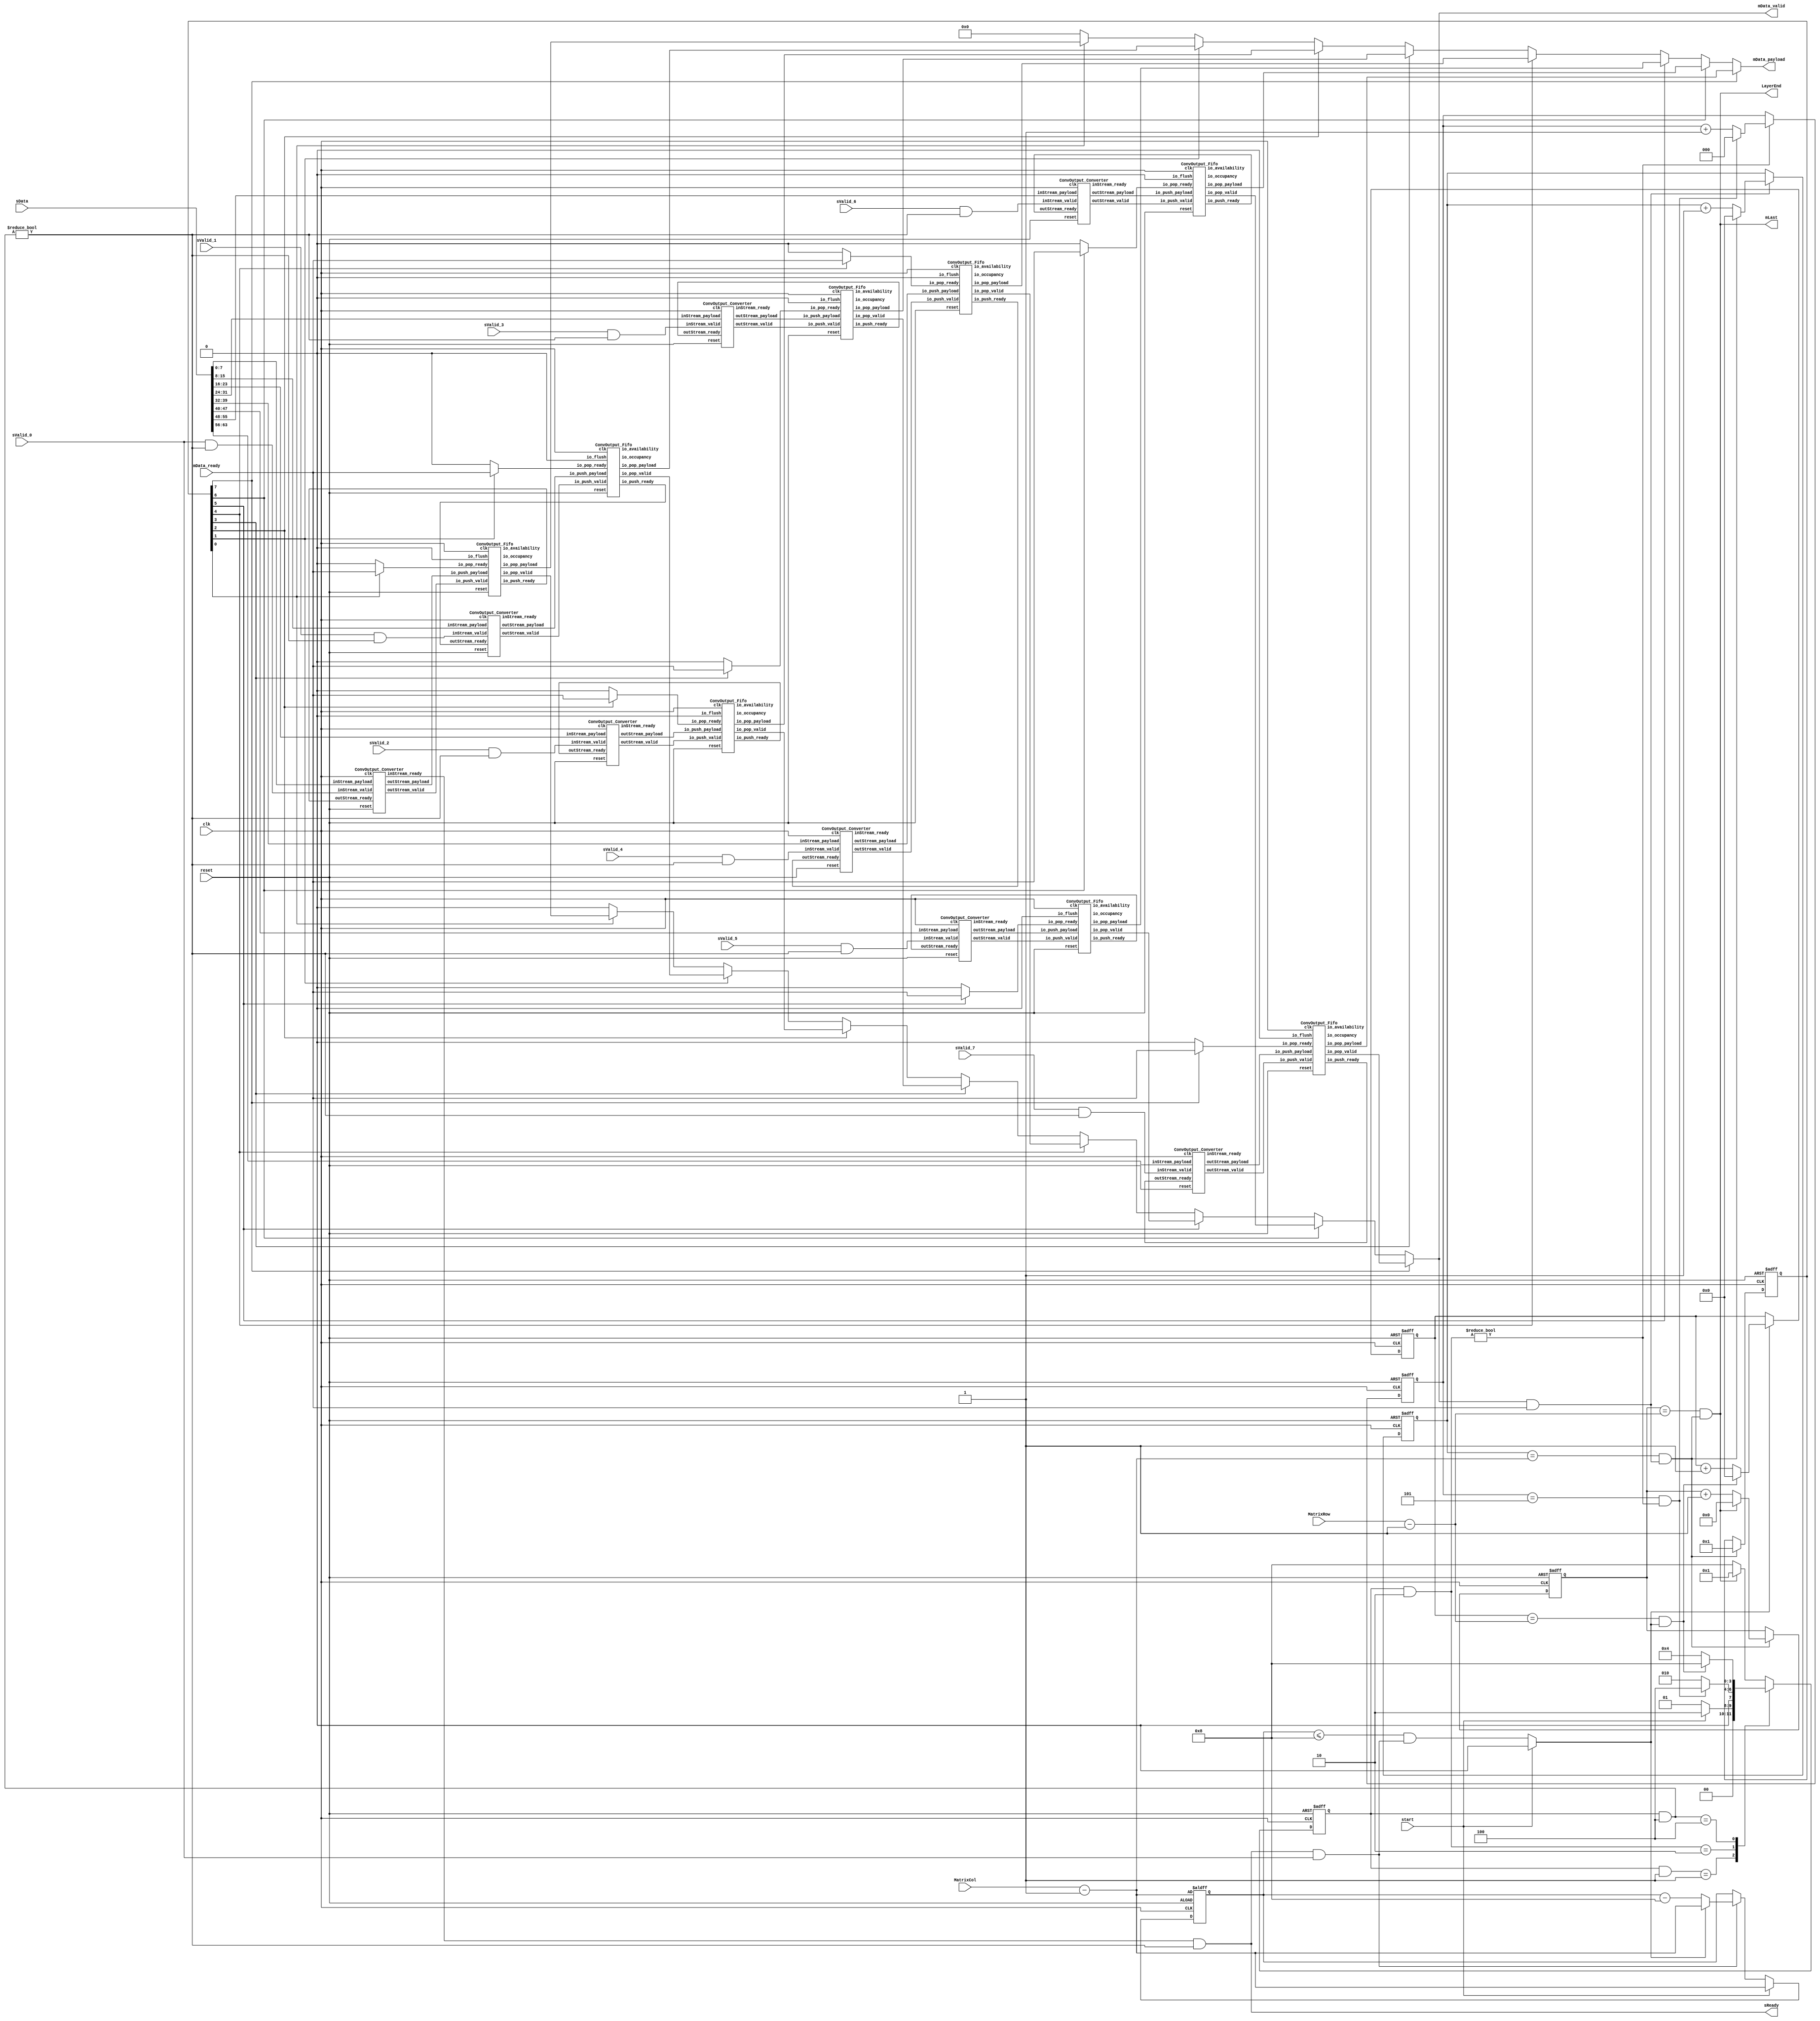
// Generator : SpinalHDL v1.8.1    git head : 2a7592004363e5b40ec43e1f122ed8641cd8965b
// Component : ConvArrange
// Git hash  : e8dcfce705c1bcdf690ffb3d015a2fad665a0efe

`timescale 1ns/1ps

module ConvArrange (
  input      [63:0]   sData,
  output              sReady,
  input               sValid_0,
  input               sValid_1,
  input               sValid_2,
  input               sValid_3,
  input               sValid_4,
  input               sValid_5,
  input               sValid_6,
  input               sValid_7,
  input      [11:0]   MatrixCol,
  input      [31:0]   MatrixRow,
  output reg          mData_valid,
  input               mData_ready,
  output reg [63:0]   mData_payload,
  output              mLast,
  output              LayerEnd,
  input               start,
  input               clk,
  input               reset
);
  localparam CONVOUTPUT_ENUM_IDLE = 4'd1;
  localparam CONVOUTPUT_ENUM_INIT = 4'd2;
  localparam CONVOUTPUT_ENUM_DATA_ARRANGEMENT = 4'd4;
  localparam CONVOUTPUT_ENUM_WAIT_END = 4'd8;

  reg                 streamFifo_io_pop_ready;
  wire                axisDataConverter_inStream_valid;
  wire       [7:0]    axisDataConverter_inStream_payload;
  reg                 streamFifo_1_io_pop_ready;
  wire                axisDataConverter_1_inStream_valid;
  wire       [7:0]    axisDataConverter_1_inStream_payload;
  reg                 streamFifo_2_io_pop_ready;
  wire                axisDataConverter_2_inStream_valid;
  wire       [7:0]    axisDataConverter_2_inStream_payload;
  reg                 streamFifo_3_io_pop_ready;
  wire                axisDataConverter_3_inStream_valid;
  wire       [7:0]    axisDataConverter_3_inStream_payload;
  reg                 streamFifo_4_io_pop_ready;
  wire                axisDataConverter_4_inStream_valid;
  wire       [7:0]    axisDataConverter_4_inStream_payload;
  reg                 streamFifo_5_io_pop_ready;
  wire                axisDataConverter_5_inStream_valid;
  wire       [7:0]    axisDataConverter_5_inStream_payload;
  reg                 streamFifo_6_io_pop_ready;
  wire                axisDataConverter_6_inStream_valid;
  wire       [7:0]    axisDataConverter_6_inStream_payload;
  reg                 streamFifo_7_io_pop_ready;
  wire                axisDataConverter_7_inStream_valid;
  wire       [7:0]    axisDataConverter_7_inStream_payload;
  wire                streamFifo_io_push_ready;
  wire                streamFifo_io_pop_valid;
  wire       [63:0]   streamFifo_io_pop_payload;
  wire       [9:0]    streamFifo_io_occupancy;
  wire       [9:0]    streamFifo_io_availability;
  wire                axisDataConverter_inStream_ready;
  wire                axisDataConverter_outStream_valid;
  wire       [63:0]   axisDataConverter_outStream_payload;
  wire                streamFifo_1_io_push_ready;
  wire                streamFifo_1_io_pop_valid;
  wire       [63:0]   streamFifo_1_io_pop_payload;
  wire       [9:0]    streamFifo_1_io_occupancy;
  wire       [9:0]    streamFifo_1_io_availability;
  wire                axisDataConverter_1_inStream_ready;
  wire                axisDataConverter_1_outStream_valid;
  wire       [63:0]   axisDataConverter_1_outStream_payload;
  wire                streamFifo_2_io_push_ready;
  wire                streamFifo_2_io_pop_valid;
  wire       [63:0]   streamFifo_2_io_pop_payload;
  wire       [9:0]    streamFifo_2_io_occupancy;
  wire       [9:0]    streamFifo_2_io_availability;
  wire                axisDataConverter_2_inStream_ready;
  wire                axisDataConverter_2_outStream_valid;
  wire       [63:0]   axisDataConverter_2_outStream_payload;
  wire                streamFifo_3_io_push_ready;
  wire                streamFifo_3_io_pop_valid;
  wire       [63:0]   streamFifo_3_io_pop_payload;
  wire       [9:0]    streamFifo_3_io_occupancy;
  wire       [9:0]    streamFifo_3_io_availability;
  wire                axisDataConverter_3_inStream_ready;
  wire                axisDataConverter_3_outStream_valid;
  wire       [63:0]   axisDataConverter_3_outStream_payload;
  wire                streamFifo_4_io_push_ready;
  wire                streamFifo_4_io_pop_valid;
  wire       [63:0]   streamFifo_4_io_pop_payload;
  wire       [9:0]    streamFifo_4_io_occupancy;
  wire       [9:0]    streamFifo_4_io_availability;
  wire                axisDataConverter_4_inStream_ready;
  wire                axisDataConverter_4_outStream_valid;
  wire       [63:0]   axisDataConverter_4_outStream_payload;
  wire                streamFifo_5_io_push_ready;
  wire                streamFifo_5_io_pop_valid;
  wire       [63:0]   streamFifo_5_io_pop_payload;
  wire       [9:0]    streamFifo_5_io_occupancy;
  wire       [9:0]    streamFifo_5_io_availability;
  wire                axisDataConverter_5_inStream_ready;
  wire                axisDataConverter_5_outStream_valid;
  wire       [63:0]   axisDataConverter_5_outStream_payload;
  wire                streamFifo_6_io_push_ready;
  wire                streamFifo_6_io_pop_valid;
  wire       [63:0]   streamFifo_6_io_pop_payload;
  wire       [9:0]    streamFifo_6_io_occupancy;
  wire       [9:0]    streamFifo_6_io_availability;
  wire                axisDataConverter_6_inStream_ready;
  wire                axisDataConverter_6_outStream_valid;
  wire       [63:0]   axisDataConverter_6_outStream_payload;
  wire                streamFifo_7_io_push_ready;
  wire                streamFifo_7_io_pop_valid;
  wire       [63:0]   streamFifo_7_io_pop_payload;
  wire       [9:0]    streamFifo_7_io_occupancy;
  wire       [9:0]    streamFifo_7_io_availability;
  wire                axisDataConverter_7_inStream_ready;
  wire                axisDataConverter_7_outStream_valid;
  wire       [63:0]   axisDataConverter_7_outStream_payload;
  wire       [11:0]   _zz_In_Col_Cnt_valid;
  wire       [11:0]   _zz_In_Col_Cnt_count_2;
  wire       [31:0]   _zz_In_Row_Cnt_valid;
  wire       [31:0]   _zz_In_Row_Cnt_valid_1;
  wire       [11:0]   _zz_Out_Col_Cnt_valid;
  wire       [31:0]   _zz_Out_Row_Cnt_valid;
  wire       [31:0]   _zz_Out_Row_Cnt_valid_1;
  wire       [0:0]    _zz_when_ConvArrangeV2_l154;
  wire       [0:0]    _zz_when_ConvArrangeV2_l154_1;
  wire       [0:0]    _zz_when_ConvArrangeV2_l154_2;
  wire       [0:0]    _zz_when_ConvArrangeV2_l154_3;
  wire       [0:0]    _zz_when_ConvArrangeV2_l154_4;
  wire       [0:0]    _zz_when_ConvArrangeV2_l154_5;
  wire       [0:0]    _zz_when_ConvArrangeV2_l154_6;
  wire       [0:0]    _zz_when_ConvArrangeV2_l154_7;
  reg        [3:0]    Fsm_currentState;
  reg        [3:0]    Fsm_nextState;
  wire                Fsm_Inited;
  wire                Fsm_LayerEnd;
  wire                Fsm_Data_AllOut;
  wire                when_WaCounter_l39;
  reg        [2:0]    Init_Cnt_count;
  wire                Init_Cnt_valid;
  wire                when_WaCounter_l59;
  wire       [11:0]   _zz_In_Col_Cnt_count;
  wire       [3:0]    _zz_In_Col_Cnt_count_1;
  reg        [11:0]   In_Col_Cnt_count;
  reg                 In_Col_Cnt_valid;
  reg        [11:0]   In_Row_Cnt_count;
  wire                In_Row_Cnt_valid;
  wire                mData_fire;
  reg        [11:0]   Out_Col_Cnt_count;
  wire                Out_Col_Cnt_valid;
  reg        [15:0]   Out_Row_Cnt_count;
  wire                Out_Row_Cnt_valid;
  reg        [7:0]    OutSwitch;
  wire                when_ConvArrangeV2_l154;
  wire                when_ConvArrangeV2_l154_1;
  wire                when_ConvArrangeV2_l154_2;
  wire                when_ConvArrangeV2_l154_3;
  wire                when_ConvArrangeV2_l154_4;
  wire                when_ConvArrangeV2_l154_5;
  wire                when_ConvArrangeV2_l154_6;
  wire                when_ConvArrangeV2_l154_7;
  `ifndef SYNTHESIS
  reg [127:0] Fsm_currentState_string;
  reg [127:0] Fsm_nextState_string;
  `endif


  assign _zz_In_Col_Cnt_valid = {8'd0, _zz_In_Col_Cnt_count_1};
  assign _zz_In_Col_Cnt_count_2 = {8'd0, _zz_In_Col_Cnt_count_1};
  assign _zz_In_Row_Cnt_valid = {20'd0, In_Row_Cnt_count};
  assign _zz_In_Row_Cnt_valid_1 = (MatrixRow - 32'h00000001);
  assign _zz_Out_Col_Cnt_valid = (MatrixCol - 12'h001);
  assign _zz_Out_Row_Cnt_valid = {16'd0, Out_Row_Cnt_count};
  assign _zz_Out_Row_Cnt_valid_1 = (MatrixRow - 32'h00000001);
  assign _zz_when_ConvArrangeV2_l154 = OutSwitch[0 : 0];
  assign _zz_when_ConvArrangeV2_l154_1 = OutSwitch[1 : 1];
  assign _zz_when_ConvArrangeV2_l154_2 = OutSwitch[2 : 2];
  assign _zz_when_ConvArrangeV2_l154_3 = OutSwitch[3 : 3];
  assign _zz_when_ConvArrangeV2_l154_4 = OutSwitch[4 : 4];
  assign _zz_when_ConvArrangeV2_l154_5 = OutSwitch[5 : 5];
  assign _zz_when_ConvArrangeV2_l154_6 = OutSwitch[6 : 6];
  assign _zz_when_ConvArrangeV2_l154_7 = OutSwitch[7 : 7];
  ConvOutput_Fifo streamFifo (
    .io_push_valid   (axisDataConverter_outStream_valid        ), //i
    .io_push_ready   (streamFifo_io_push_ready                 ), //o
    .io_push_payload (axisDataConverter_outStream_payload[63:0]), //i
    .io_pop_valid    (streamFifo_io_pop_valid                  ), //o
    .io_pop_ready    (streamFifo_io_pop_ready                  ), //i
    .io_pop_payload  (streamFifo_io_pop_payload[63:0]          ), //o
    .io_flush        (1'b0                                     ), //i
    .io_occupancy    (streamFifo_io_occupancy[9:0]             ), //o
    .io_availability (streamFifo_io_availability[9:0]          ), //o
    .clk             (clk                                      ), //i
    .reset           (reset                                    )  //i
  );
  ConvOutput_Converter axisDataConverter (
    .inStream_valid    (axisDataConverter_inStream_valid         ), //i
    .inStream_ready    (axisDataConverter_inStream_ready         ), //o
    .inStream_payload  (axisDataConverter_inStream_payload[7:0]  ), //i
    .outStream_valid   (axisDataConverter_outStream_valid        ), //o
    .outStream_ready   (streamFifo_io_push_ready                 ), //i
    .outStream_payload (axisDataConverter_outStream_payload[63:0]), //o
    .clk               (clk                                      ), //i
    .reset             (reset                                    )  //i
  );
  ConvOutput_Fifo streamFifo_1 (
    .io_push_valid   (axisDataConverter_1_outStream_valid        ), //i
    .io_push_ready   (streamFifo_1_io_push_ready                 ), //o
    .io_push_payload (axisDataConverter_1_outStream_payload[63:0]), //i
    .io_pop_valid    (streamFifo_1_io_pop_valid                  ), //o
    .io_pop_ready    (streamFifo_1_io_pop_ready                  ), //i
    .io_pop_payload  (streamFifo_1_io_pop_payload[63:0]          ), //o
    .io_flush        (1'b0                                       ), //i
    .io_occupancy    (streamFifo_1_io_occupancy[9:0]             ), //o
    .io_availability (streamFifo_1_io_availability[9:0]          ), //o
    .clk             (clk                                        ), //i
    .reset           (reset                                      )  //i
  );
  ConvOutput_Converter axisDataConverter_1 (
    .inStream_valid    (axisDataConverter_1_inStream_valid         ), //i
    .inStream_ready    (axisDataConverter_1_inStream_ready         ), //o
    .inStream_payload  (axisDataConverter_1_inStream_payload[7:0]  ), //i
    .outStream_valid   (axisDataConverter_1_outStream_valid        ), //o
    .outStream_ready   (streamFifo_1_io_push_ready                 ), //i
    .outStream_payload (axisDataConverter_1_outStream_payload[63:0]), //o
    .clk               (clk                                        ), //i
    .reset             (reset                                      )  //i
  );
  ConvOutput_Fifo streamFifo_2 (
    .io_push_valid   (axisDataConverter_2_outStream_valid        ), //i
    .io_push_ready   (streamFifo_2_io_push_ready                 ), //o
    .io_push_payload (axisDataConverter_2_outStream_payload[63:0]), //i
    .io_pop_valid    (streamFifo_2_io_pop_valid                  ), //o
    .io_pop_ready    (streamFifo_2_io_pop_ready                  ), //i
    .io_pop_payload  (streamFifo_2_io_pop_payload[63:0]          ), //o
    .io_flush        (1'b0                                       ), //i
    .io_occupancy    (streamFifo_2_io_occupancy[9:0]             ), //o
    .io_availability (streamFifo_2_io_availability[9:0]          ), //o
    .clk             (clk                                        ), //i
    .reset           (reset                                      )  //i
  );
  ConvOutput_Converter axisDataConverter_2 (
    .inStream_valid    (axisDataConverter_2_inStream_valid         ), //i
    .inStream_ready    (axisDataConverter_2_inStream_ready         ), //o
    .inStream_payload  (axisDataConverter_2_inStream_payload[7:0]  ), //i
    .outStream_valid   (axisDataConverter_2_outStream_valid        ), //o
    .outStream_ready   (streamFifo_2_io_push_ready                 ), //i
    .outStream_payload (axisDataConverter_2_outStream_payload[63:0]), //o
    .clk               (clk                                        ), //i
    .reset             (reset                                      )  //i
  );
  ConvOutput_Fifo streamFifo_3 (
    .io_push_valid   (axisDataConverter_3_outStream_valid        ), //i
    .io_push_ready   (streamFifo_3_io_push_ready                 ), //o
    .io_push_payload (axisDataConverter_3_outStream_payload[63:0]), //i
    .io_pop_valid    (streamFifo_3_io_pop_valid                  ), //o
    .io_pop_ready    (streamFifo_3_io_pop_ready                  ), //i
    .io_pop_payload  (streamFifo_3_io_pop_payload[63:0]          ), //o
    .io_flush        (1'b0                                       ), //i
    .io_occupancy    (streamFifo_3_io_occupancy[9:0]             ), //o
    .io_availability (streamFifo_3_io_availability[9:0]          ), //o
    .clk             (clk                                        ), //i
    .reset           (reset                                      )  //i
  );
  ConvOutput_Converter axisDataConverter_3 (
    .inStream_valid    (axisDataConverter_3_inStream_valid         ), //i
    .inStream_ready    (axisDataConverter_3_inStream_ready         ), //o
    .inStream_payload  (axisDataConverter_3_inStream_payload[7:0]  ), //i
    .outStream_valid   (axisDataConverter_3_outStream_valid        ), //o
    .outStream_ready   (streamFifo_3_io_push_ready                 ), //i
    .outStream_payload (axisDataConverter_3_outStream_payload[63:0]), //o
    .clk               (clk                                        ), //i
    .reset             (reset                                      )  //i
  );
  ConvOutput_Fifo streamFifo_4 (
    .io_push_valid   (axisDataConverter_4_outStream_valid        ), //i
    .io_push_ready   (streamFifo_4_io_push_ready                 ), //o
    .io_push_payload (axisDataConverter_4_outStream_payload[63:0]), //i
    .io_pop_valid    (streamFifo_4_io_pop_valid                  ), //o
    .io_pop_ready    (streamFifo_4_io_pop_ready                  ), //i
    .io_pop_payload  (streamFifo_4_io_pop_payload[63:0]          ), //o
    .io_flush        (1'b0                                       ), //i
    .io_occupancy    (streamFifo_4_io_occupancy[9:0]             ), //o
    .io_availability (streamFifo_4_io_availability[9:0]          ), //o
    .clk             (clk                                        ), //i
    .reset           (reset                                      )  //i
  );
  ConvOutput_Converter axisDataConverter_4 (
    .inStream_valid    (axisDataConverter_4_inStream_valid         ), //i
    .inStream_ready    (axisDataConverter_4_inStream_ready         ), //o
    .inStream_payload  (axisDataConverter_4_inStream_payload[7:0]  ), //i
    .outStream_valid   (axisDataConverter_4_outStream_valid        ), //o
    .outStream_ready   (streamFifo_4_io_push_ready                 ), //i
    .outStream_payload (axisDataConverter_4_outStream_payload[63:0]), //o
    .clk               (clk                                        ), //i
    .reset             (reset                                      )  //i
  );
  ConvOutput_Fifo streamFifo_5 (
    .io_push_valid   (axisDataConverter_5_outStream_valid        ), //i
    .io_push_ready   (streamFifo_5_io_push_ready                 ), //o
    .io_push_payload (axisDataConverter_5_outStream_payload[63:0]), //i
    .io_pop_valid    (streamFifo_5_io_pop_valid                  ), //o
    .io_pop_ready    (streamFifo_5_io_pop_ready                  ), //i
    .io_pop_payload  (streamFifo_5_io_pop_payload[63:0]          ), //o
    .io_flush        (1'b0                                       ), //i
    .io_occupancy    (streamFifo_5_io_occupancy[9:0]             ), //o
    .io_availability (streamFifo_5_io_availability[9:0]          ), //o
    .clk             (clk                                        ), //i
    .reset           (reset                                      )  //i
  );
  ConvOutput_Converter axisDataConverter_5 (
    .inStream_valid    (axisDataConverter_5_inStream_valid         ), //i
    .inStream_ready    (axisDataConverter_5_inStream_ready         ), //o
    .inStream_payload  (axisDataConverter_5_inStream_payload[7:0]  ), //i
    .outStream_valid   (axisDataConverter_5_outStream_valid        ), //o
    .outStream_ready   (streamFifo_5_io_push_ready                 ), //i
    .outStream_payload (axisDataConverter_5_outStream_payload[63:0]), //o
    .clk               (clk                                        ), //i
    .reset             (reset                                      )  //i
  );
  ConvOutput_Fifo streamFifo_6 (
    .io_push_valid   (axisDataConverter_6_outStream_valid        ), //i
    .io_push_ready   (streamFifo_6_io_push_ready                 ), //o
    .io_push_payload (axisDataConverter_6_outStream_payload[63:0]), //i
    .io_pop_valid    (streamFifo_6_io_pop_valid                  ), //o
    .io_pop_ready    (streamFifo_6_io_pop_ready                  ), //i
    .io_pop_payload  (streamFifo_6_io_pop_payload[63:0]          ), //o
    .io_flush        (1'b0                                       ), //i
    .io_occupancy    (streamFifo_6_io_occupancy[9:0]             ), //o
    .io_availability (streamFifo_6_io_availability[9:0]          ), //o
    .clk             (clk                                        ), //i
    .reset           (reset                                      )  //i
  );
  ConvOutput_Converter axisDataConverter_6 (
    .inStream_valid    (axisDataConverter_6_inStream_valid         ), //i
    .inStream_ready    (axisDataConverter_6_inStream_ready         ), //o
    .inStream_payload  (axisDataConverter_6_inStream_payload[7:0]  ), //i
    .outStream_valid   (axisDataConverter_6_outStream_valid        ), //o
    .outStream_ready   (streamFifo_6_io_push_ready                 ), //i
    .outStream_payload (axisDataConverter_6_outStream_payload[63:0]), //o
    .clk               (clk                                        ), //i
    .reset             (reset                                      )  //i
  );
  ConvOutput_Fifo streamFifo_7 (
    .io_push_valid   (axisDataConverter_7_outStream_valid        ), //i
    .io_push_ready   (streamFifo_7_io_push_ready                 ), //o
    .io_push_payload (axisDataConverter_7_outStream_payload[63:0]), //i
    .io_pop_valid    (streamFifo_7_io_pop_valid                  ), //o
    .io_pop_ready    (streamFifo_7_io_pop_ready                  ), //i
    .io_pop_payload  (streamFifo_7_io_pop_payload[63:0]          ), //o
    .io_flush        (1'b0                                       ), //i
    .io_occupancy    (streamFifo_7_io_occupancy[9:0]             ), //o
    .io_availability (streamFifo_7_io_availability[9:0]          ), //o
    .clk             (clk                                        ), //i
    .reset           (reset                                      )  //i
  );
  ConvOutput_Converter axisDataConverter_7 (
    .inStream_valid    (axisDataConverter_7_inStream_valid         ), //i
    .inStream_ready    (axisDataConverter_7_inStream_ready         ), //o
    .inStream_payload  (axisDataConverter_7_inStream_payload[7:0]  ), //i
    .outStream_valid   (axisDataConverter_7_outStream_valid        ), //o
    .outStream_ready   (streamFifo_7_io_push_ready                 ), //i
    .outStream_payload (axisDataConverter_7_outStream_payload[63:0]), //o
    .clk               (clk                                        ), //i
    .reset             (reset                                      )  //i
  );
  `ifndef SYNTHESIS
  always @(*) begin
    case(Fsm_currentState)
      CONVOUTPUT_ENUM_IDLE : Fsm_currentState_string = "IDLE            ";
      CONVOUTPUT_ENUM_INIT : Fsm_currentState_string = "INIT            ";
      CONVOUTPUT_ENUM_DATA_ARRANGEMENT : Fsm_currentState_string = "DATA_ARRANGEMENT";
      CONVOUTPUT_ENUM_WAIT_END : Fsm_currentState_string = "WAIT_END        ";
      default : Fsm_currentState_string = "????????????????";
    endcase
  end
  always @(*) begin
    case(Fsm_nextState)
      CONVOUTPUT_ENUM_IDLE : Fsm_nextState_string = "IDLE            ";
      CONVOUTPUT_ENUM_INIT : Fsm_nextState_string = "INIT            ";
      CONVOUTPUT_ENUM_DATA_ARRANGEMENT : Fsm_nextState_string = "DATA_ARRANGEMENT";
      CONVOUTPUT_ENUM_WAIT_END : Fsm_nextState_string = "WAIT_END        ";
      default : Fsm_nextState_string = "????????????????";
    endcase
  end
  `endif

  always @(*) begin
    (* parallel_case *)
    case(1) // synthesis parallel_case
      (((Fsm_currentState) & CONVOUTPUT_ENUM_IDLE) == CONVOUTPUT_ENUM_IDLE) : begin
        if(start) begin
          Fsm_nextState = CONVOUTPUT_ENUM_INIT;
        end else begin
          Fsm_nextState = CONVOUTPUT_ENUM_IDLE;
        end
      end
      (((Fsm_currentState) & CONVOUTPUT_ENUM_INIT) == CONVOUTPUT_ENUM_INIT) : begin
        if(Fsm_Inited) begin
          Fsm_nextState = CONVOUTPUT_ENUM_DATA_ARRANGEMENT;
        end else begin
          Fsm_nextState = CONVOUTPUT_ENUM_INIT;
        end
      end
      (((Fsm_currentState) & CONVOUTPUT_ENUM_DATA_ARRANGEMENT) == CONVOUTPUT_ENUM_DATA_ARRANGEMENT) : begin
        if(Fsm_LayerEnd) begin
          Fsm_nextState = CONVOUTPUT_ENUM_WAIT_END;
        end else begin
          Fsm_nextState = CONVOUTPUT_ENUM_DATA_ARRANGEMENT;
        end
      end
      default : begin
        if(Fsm_Data_AllOut) begin
          Fsm_nextState = CONVOUTPUT_ENUM_IDLE;
        end else begin
          Fsm_nextState = CONVOUTPUT_ENUM_WAIT_END;
        end
      end
    endcase
  end

  assign when_WaCounter_l39 = ((Fsm_currentState & CONVOUTPUT_ENUM_INIT) != 4'b0000);
  assign Init_Cnt_valid = ((Init_Cnt_count == 3'b101) && when_WaCounter_l39);
  assign Fsm_Inited = Init_Cnt_valid;
  assign when_WaCounter_l59 = (sReady && sValid_0);
  assign _zz_In_Col_Cnt_count = (MatrixCol - 12'h001);
  assign _zz_In_Col_Cnt_count_1 = 4'b1000;
  always @(*) begin
    In_Col_Cnt_valid = ((In_Col_Cnt_count <= _zz_In_Col_Cnt_valid) && when_WaCounter_l59);
    if(start) begin
      In_Col_Cnt_valid = 1'b0;
    end
  end

  assign In_Row_Cnt_valid = ((_zz_In_Row_Cnt_valid == _zz_In_Row_Cnt_valid_1) && In_Col_Cnt_valid);
  assign Fsm_LayerEnd = In_Row_Cnt_valid;
  assign mData_fire = (mData_valid && mData_ready);
  assign Out_Col_Cnt_valid = ((Out_Col_Cnt_count == _zz_Out_Col_Cnt_valid) && mData_fire);
  assign Out_Row_Cnt_valid = ((_zz_Out_Row_Cnt_valid == _zz_Out_Row_Cnt_valid_1) && Out_Col_Cnt_valid);
  assign Fsm_Data_AllOut = Out_Row_Cnt_valid;
  always @(*) begin
    mData_payload = 64'h0;
    if(when_ConvArrangeV2_l154) begin
      mData_payload = streamFifo_io_pop_payload;
    end
    if(when_ConvArrangeV2_l154_1) begin
      mData_payload = streamFifo_1_io_pop_payload;
    end
    if(when_ConvArrangeV2_l154_2) begin
      mData_payload = streamFifo_2_io_pop_payload;
    end
    if(when_ConvArrangeV2_l154_3) begin
      mData_payload = streamFifo_3_io_pop_payload;
    end
    if(when_ConvArrangeV2_l154_4) begin
      mData_payload = streamFifo_4_io_pop_payload;
    end
    if(when_ConvArrangeV2_l154_5) begin
      mData_payload = streamFifo_5_io_pop_payload;
    end
    if(when_ConvArrangeV2_l154_6) begin
      mData_payload = streamFifo_6_io_pop_payload;
    end
    if(when_ConvArrangeV2_l154_7) begin
      mData_payload = streamFifo_7_io_pop_payload;
    end
  end

  always @(*) begin
    mData_valid = 1'b0;
    if(when_ConvArrangeV2_l154) begin
      mData_valid = streamFifo_io_pop_valid;
    end
    if(when_ConvArrangeV2_l154_1) begin
      mData_valid = streamFifo_1_io_pop_valid;
    end
    if(when_ConvArrangeV2_l154_2) begin
      mData_valid = streamFifo_2_io_pop_valid;
    end
    if(when_ConvArrangeV2_l154_3) begin
      mData_valid = streamFifo_3_io_pop_valid;
    end
    if(when_ConvArrangeV2_l154_4) begin
      mData_valid = streamFifo_4_io_pop_valid;
    end
    if(when_ConvArrangeV2_l154_5) begin
      mData_valid = streamFifo_5_io_pop_valid;
    end
    if(when_ConvArrangeV2_l154_6) begin
      mData_valid = streamFifo_6_io_pop_valid;
    end
    if(when_ConvArrangeV2_l154_7) begin
      mData_valid = streamFifo_7_io_pop_valid;
    end
  end

  assign axisDataConverter_inStream_payload = sData[7 : 0];
  assign sReady = (axisDataConverter_inStream_ready && ((Fsm_currentState & CONVOUTPUT_ENUM_DATA_ARRANGEMENT) != 4'b0000));
  assign axisDataConverter_inStream_valid = (sValid_0 && ((Fsm_currentState & CONVOUTPUT_ENUM_DATA_ARRANGEMENT) != 4'b0000));
  always @(*) begin
    streamFifo_io_pop_ready = 1'b0;
    if(when_ConvArrangeV2_l154) begin
      streamFifo_io_pop_ready = mData_ready;
    end
  end

  assign when_ConvArrangeV2_l154 = _zz_when_ConvArrangeV2_l154[0];
  assign axisDataConverter_1_inStream_payload = sData[15 : 8];
  assign axisDataConverter_1_inStream_valid = (sValid_1 && ((Fsm_currentState & CONVOUTPUT_ENUM_DATA_ARRANGEMENT) != 4'b0000));
  always @(*) begin
    streamFifo_1_io_pop_ready = 1'b0;
    if(when_ConvArrangeV2_l154_1) begin
      streamFifo_1_io_pop_ready = mData_ready;
    end
  end

  assign when_ConvArrangeV2_l154_1 = _zz_when_ConvArrangeV2_l154_1[0];
  assign axisDataConverter_2_inStream_payload = sData[23 : 16];
  assign axisDataConverter_2_inStream_valid = (sValid_2 && ((Fsm_currentState & CONVOUTPUT_ENUM_DATA_ARRANGEMENT) != 4'b0000));
  always @(*) begin
    streamFifo_2_io_pop_ready = 1'b0;
    if(when_ConvArrangeV2_l154_2) begin
      streamFifo_2_io_pop_ready = mData_ready;
    end
  end

  assign when_ConvArrangeV2_l154_2 = _zz_when_ConvArrangeV2_l154_2[0];
  assign axisDataConverter_3_inStream_payload = sData[31 : 24];
  assign axisDataConverter_3_inStream_valid = (sValid_3 && ((Fsm_currentState & CONVOUTPUT_ENUM_DATA_ARRANGEMENT) != 4'b0000));
  always @(*) begin
    streamFifo_3_io_pop_ready = 1'b0;
    if(when_ConvArrangeV2_l154_3) begin
      streamFifo_3_io_pop_ready = mData_ready;
    end
  end

  assign when_ConvArrangeV2_l154_3 = _zz_when_ConvArrangeV2_l154_3[0];
  assign axisDataConverter_4_inStream_payload = sData[39 : 32];
  assign axisDataConverter_4_inStream_valid = (sValid_4 && ((Fsm_currentState & CONVOUTPUT_ENUM_DATA_ARRANGEMENT) != 4'b0000));
  always @(*) begin
    streamFifo_4_io_pop_ready = 1'b0;
    if(when_ConvArrangeV2_l154_4) begin
      streamFifo_4_io_pop_ready = mData_ready;
    end
  end

  assign when_ConvArrangeV2_l154_4 = _zz_when_ConvArrangeV2_l154_4[0];
  assign axisDataConverter_5_inStream_payload = sData[47 : 40];
  assign axisDataConverter_5_inStream_valid = (sValid_5 && ((Fsm_currentState & CONVOUTPUT_ENUM_DATA_ARRANGEMENT) != 4'b0000));
  always @(*) begin
    streamFifo_5_io_pop_ready = 1'b0;
    if(when_ConvArrangeV2_l154_5) begin
      streamFifo_5_io_pop_ready = mData_ready;
    end
  end

  assign when_ConvArrangeV2_l154_5 = _zz_when_ConvArrangeV2_l154_5[0];
  assign axisDataConverter_6_inStream_payload = sData[55 : 48];
  assign axisDataConverter_6_inStream_valid = (sValid_6 && ((Fsm_currentState & CONVOUTPUT_ENUM_DATA_ARRANGEMENT) != 4'b0000));
  always @(*) begin
    streamFifo_6_io_pop_ready = 1'b0;
    if(when_ConvArrangeV2_l154_6) begin
      streamFifo_6_io_pop_ready = mData_ready;
    end
  end

  assign when_ConvArrangeV2_l154_6 = _zz_when_ConvArrangeV2_l154_6[0];
  assign axisDataConverter_7_inStream_payload = sData[63 : 56];
  assign axisDataConverter_7_inStream_valid = (sValid_7 && ((Fsm_currentState & CONVOUTPUT_ENUM_DATA_ARRANGEMENT) != 4'b0000));
  always @(*) begin
    streamFifo_7_io_pop_ready = 1'b0;
    if(when_ConvArrangeV2_l154_7) begin
      streamFifo_7_io_pop_ready = mData_ready;
    end
  end

  assign when_ConvArrangeV2_l154_7 = _zz_when_ConvArrangeV2_l154_7[0];
  assign mLast = Fsm_Data_AllOut;
  assign LayerEnd = Fsm_Data_AllOut;
  always @(posedge clk or posedge reset) begin
    if(reset) begin
      Fsm_currentState <= CONVOUTPUT_ENUM_IDLE;
      Init_Cnt_count <= 3'b000;
      In_Col_Cnt_count <= _zz_In_Col_Cnt_count;
      In_Row_Cnt_count <= 12'h0;
      Out_Col_Cnt_count <= 12'h0;
      Out_Row_Cnt_count <= 16'h0;
      OutSwitch <= 8'h01;
    end else begin
      Fsm_currentState <= Fsm_nextState;
      if(when_WaCounter_l39) begin
        if(Init_Cnt_valid) begin
          Init_Cnt_count <= 3'b000;
        end else begin
          Init_Cnt_count <= (Init_Cnt_count + 3'b001);
        end
      end
      if(when_WaCounter_l59) begin
        if(In_Col_Cnt_valid) begin
          In_Col_Cnt_count <= _zz_In_Col_Cnt_count;
        end else begin
          In_Col_Cnt_count <= (In_Col_Cnt_count - _zz_In_Col_Cnt_count_2);
        end
      end
      if(start) begin
        In_Col_Cnt_count <= _zz_In_Col_Cnt_count;
      end
      if(In_Col_Cnt_valid) begin
        if(In_Row_Cnt_valid) begin
          In_Row_Cnt_count <= 12'h0;
        end else begin
          In_Row_Cnt_count <= (In_Row_Cnt_count + 12'h001);
        end
      end
      if(mData_fire) begin
        if(Out_Col_Cnt_valid) begin
          Out_Col_Cnt_count <= 12'h0;
        end else begin
          Out_Col_Cnt_count <= (Out_Col_Cnt_count + 12'h001);
        end
      end
      if(Out_Col_Cnt_valid) begin
        if(Out_Row_Cnt_valid) begin
          Out_Row_Cnt_count <= 16'h0;
        end else begin
          Out_Row_Cnt_count <= (Out_Row_Cnt_count + 16'h0001);
        end
      end
      if(Out_Col_Cnt_valid) begin
        OutSwitch <= 8'h01;
      end else begin
        if(Out_Col_Cnt_valid) begin
          OutSwitch <= {OutSwitch[6 : 0],OutSwitch[7 : 7]};
        end
      end
    end
  end


endmodule

//ConvOutput_Converter replaced by ConvOutput_Converter

//ConvOutput_Fifo replaced by ConvOutput_Fifo

//ConvOutput_Converter replaced by ConvOutput_Converter

//ConvOutput_Fifo replaced by ConvOutput_Fifo

//ConvOutput_Converter replaced by ConvOutput_Converter

//ConvOutput_Fifo replaced by ConvOutput_Fifo

//ConvOutput_Converter replaced by ConvOutput_Converter

//ConvOutput_Fifo replaced by ConvOutput_Fifo

//ConvOutput_Converter replaced by ConvOutput_Converter

//ConvOutput_Fifo replaced by ConvOutput_Fifo

//ConvOutput_Converter replaced by ConvOutput_Converter

//ConvOutput_Fifo replaced by ConvOutput_Fifo

//ConvOutput_Converter replaced by ConvOutput_Converter

//ConvOutput_Fifo replaced by ConvOutput_Fifo

module ConvOutput_Converter (
  input               inStream_valid,
  output              inStream_ready,
  input      [7:0]    inStream_payload,
  output              outStream_valid,
  input               outStream_ready,
  output     [63:0]   outStream_payload,
  input               clk,
  input               reset
);

  wire       [2:0]    _zz__zz_inStream_ready_1;
  wire       [0:0]    _zz__zz_inStream_ready_1_1;
  wire       [47:0]   _zz__zz_outStream_payload;
  wire       [63:0]   _zz_outStream_payload_1;
  wire       [63:0]   _zz_outStream_payload_2;
  wire                inStream_fire;
  reg                 _zz_inStream_ready;
  reg        [2:0]    _zz_inStream_ready_1;
  reg        [2:0]    _zz_inStream_ready_2;
  wire                _zz_inStream_ready_3;
  reg        [55:0]   _zz_outStream_payload;
  wire                inStream_fire_1;

  assign _zz__zz_inStream_ready_1_1 = _zz_inStream_ready;
  assign _zz__zz_inStream_ready_1 = {2'd0, _zz__zz_inStream_ready_1_1};
  assign _zz__zz_outStream_payload = (_zz_outStream_payload >>> 8);
  assign _zz_outStream_payload_2 = {inStream_payload,_zz_outStream_payload};
  assign _zz_outStream_payload_1 = _zz_outStream_payload_2;
  assign inStream_fire = (inStream_valid && inStream_ready);
  always @(*) begin
    _zz_inStream_ready = 1'b0;
    if(inStream_fire) begin
      _zz_inStream_ready = 1'b1;
    end
  end

  assign _zz_inStream_ready_3 = (_zz_inStream_ready_2 == 3'b111);
  always @(*) begin
    _zz_inStream_ready_1 = (_zz_inStream_ready_2 + _zz__zz_inStream_ready_1);
    if(1'b0) begin
      _zz_inStream_ready_1 = 3'b000;
    end
  end

  assign inStream_fire_1 = (inStream_valid && inStream_ready);
  assign outStream_valid = (inStream_valid && _zz_inStream_ready_3);
  assign outStream_payload = _zz_outStream_payload_1;
  assign inStream_ready = (! ((! outStream_ready) && _zz_inStream_ready_3));
  always @(posedge clk or posedge reset) begin
    if(reset) begin
      _zz_inStream_ready_2 <= 3'b000;
    end else begin
      _zz_inStream_ready_2 <= _zz_inStream_ready_1;
    end
  end

  always @(posedge clk) begin
    if(inStream_fire_1) begin
      _zz_outStream_payload <= {inStream_payload,_zz__zz_outStream_payload};
    end
  end


endmodule

module ConvOutput_Fifo (
  input               io_push_valid,
  output              io_push_ready,
  input      [63:0]   io_push_payload,
  output              io_pop_valid,
  input               io_pop_ready,
  output     [63:0]   io_pop_payload,
  input               io_flush,
  output     [9:0]    io_occupancy,
  output     [9:0]    io_availability,
  input               clk,
  input               reset
);

  reg        [63:0]   _zz_logic_ram_port0;
  wire       [8:0]    _zz_logic_pushPtr_valueNext;
  wire       [0:0]    _zz_logic_pushPtr_valueNext_1;
  wire       [8:0]    _zz_logic_popPtr_valueNext;
  wire       [0:0]    _zz_logic_popPtr_valueNext_1;
  wire                _zz_logic_ram_port;
  wire                _zz_io_pop_payload;
  wire       [63:0]   _zz_logic_ram_port_1;
  wire       [8:0]    _zz_io_availability;
  reg                 _zz_1;
  reg                 logic_pushPtr_willIncrement;
  reg                 logic_pushPtr_willClear;
  reg        [8:0]    logic_pushPtr_valueNext;
  reg        [8:0]    logic_pushPtr_value;
  wire                logic_pushPtr_willOverflowIfInc;
  wire                logic_pushPtr_willOverflow;
  reg                 logic_popPtr_willIncrement;
  reg                 logic_popPtr_willClear;
  reg        [8:0]    logic_popPtr_valueNext;
  reg        [8:0]    logic_popPtr_value;
  wire                logic_popPtr_willOverflowIfInc;
  wire                logic_popPtr_willOverflow;
  wire                logic_ptrMatch;
  reg                 logic_risingOccupancy;
  wire                logic_pushing;
  wire                logic_popping;
  wire                logic_empty;
  wire                logic_full;
  reg                 _zz_io_pop_valid;
  wire                when_Stream_l1122;
  wire       [8:0]    logic_ptrDif;
  reg [63:0] logic_ram [0:511];

  assign _zz_logic_pushPtr_valueNext_1 = logic_pushPtr_willIncrement;
  assign _zz_logic_pushPtr_valueNext = {8'd0, _zz_logic_pushPtr_valueNext_1};
  assign _zz_logic_popPtr_valueNext_1 = logic_popPtr_willIncrement;
  assign _zz_logic_popPtr_valueNext = {8'd0, _zz_logic_popPtr_valueNext_1};
  assign _zz_io_availability = (logic_popPtr_value - logic_pushPtr_value);
  assign _zz_io_pop_payload = 1'b1;
  assign _zz_logic_ram_port_1 = io_push_payload;
  always @(posedge clk) begin
    if(_zz_io_pop_payload) begin
      _zz_logic_ram_port0 <= logic_ram[logic_popPtr_valueNext];
    end
  end

  always @(posedge clk) begin
    if(_zz_1) begin
      logic_ram[logic_pushPtr_value] <= _zz_logic_ram_port_1;
    end
  end

  always @(*) begin
    _zz_1 = 1'b0;
    if(logic_pushing) begin
      _zz_1 = 1'b1;
    end
  end

  always @(*) begin
    logic_pushPtr_willIncrement = 1'b0;
    if(logic_pushing) begin
      logic_pushPtr_willIncrement = 1'b1;
    end
  end

  always @(*) begin
    logic_pushPtr_willClear = 1'b0;
    if(io_flush) begin
      logic_pushPtr_willClear = 1'b1;
    end
  end

  assign logic_pushPtr_willOverflowIfInc = (logic_pushPtr_value == 9'h1ff);
  assign logic_pushPtr_willOverflow = (logic_pushPtr_willOverflowIfInc && logic_pushPtr_willIncrement);
  always @(*) begin
    logic_pushPtr_valueNext = (logic_pushPtr_value + _zz_logic_pushPtr_valueNext);
    if(logic_pushPtr_willClear) begin
      logic_pushPtr_valueNext = 9'h0;
    end
  end

  always @(*) begin
    logic_popPtr_willIncrement = 1'b0;
    if(logic_popping) begin
      logic_popPtr_willIncrement = 1'b1;
    end
  end

  always @(*) begin
    logic_popPtr_willClear = 1'b0;
    if(io_flush) begin
      logic_popPtr_willClear = 1'b1;
    end
  end

  assign logic_popPtr_willOverflowIfInc = (logic_popPtr_value == 9'h1ff);
  assign logic_popPtr_willOverflow = (logic_popPtr_willOverflowIfInc && logic_popPtr_willIncrement);
  always @(*) begin
    logic_popPtr_valueNext = (logic_popPtr_value + _zz_logic_popPtr_valueNext);
    if(logic_popPtr_willClear) begin
      logic_popPtr_valueNext = 9'h0;
    end
  end

  assign logic_ptrMatch = (logic_pushPtr_value == logic_popPtr_value);
  assign logic_pushing = (io_push_valid && io_push_ready);
  assign logic_popping = (io_pop_valid && io_pop_ready);
  assign logic_empty = (logic_ptrMatch && (! logic_risingOccupancy));
  assign logic_full = (logic_ptrMatch && logic_risingOccupancy);
  assign io_push_ready = (! logic_full);
  assign io_pop_valid = ((! logic_empty) && (! (_zz_io_pop_valid && (! logic_full))));
  assign io_pop_payload = _zz_logic_ram_port0;
  assign when_Stream_l1122 = (logic_pushing != logic_popping);
  assign logic_ptrDif = (logic_pushPtr_value - logic_popPtr_value);
  assign io_occupancy = {(logic_risingOccupancy && logic_ptrMatch),logic_ptrDif};
  assign io_availability = {((! logic_risingOccupancy) && logic_ptrMatch),_zz_io_availability};
  always @(posedge clk or posedge reset) begin
    if(reset) begin
      logic_pushPtr_value <= 9'h0;
      logic_popPtr_value <= 9'h0;
      logic_risingOccupancy <= 1'b0;
      _zz_io_pop_valid <= 1'b0;
    end else begin
      logic_pushPtr_value <= logic_pushPtr_valueNext;
      logic_popPtr_value <= logic_popPtr_valueNext;
      _zz_io_pop_valid <= (logic_popPtr_valueNext == logic_pushPtr_value);
      if(when_Stream_l1122) begin
        logic_risingOccupancy <= logic_pushing;
      end
      if(io_flush) begin
        logic_risingOccupancy <= 1'b0;
      end
    end
  end


endmodule